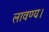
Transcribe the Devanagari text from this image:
लावण्य।